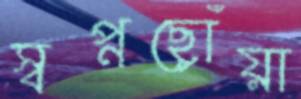
স্বপ্নছোঁয়া